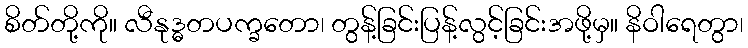
စိတ်တို့ကို။ လီနုဒ္ဓတပက္ခတော၊ တွန့်ခြင်းပြန့်လွင့်ခြင်းအဖို့မှ။ နိဝါရေတွာ၊